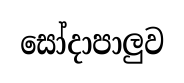
සෝදාපාලුව